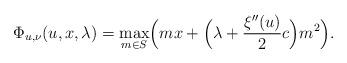
LaTeX: \begin{align*}\Phi_{u,\nu}(u,x,\lambda)=\max_{m\in S}\Bigl(m x+\Bigl(\lambda +\frac{\xi''(u)}{2}c\Bigr)m^2 \Bigr).\end{align*}